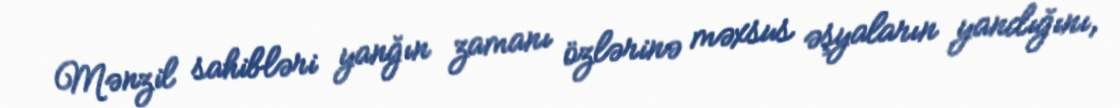
Mənzil sahibləri yanğın zamanı özlərinə məxsus əşyaların yandığını,